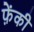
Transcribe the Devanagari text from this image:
फ़ेंकी